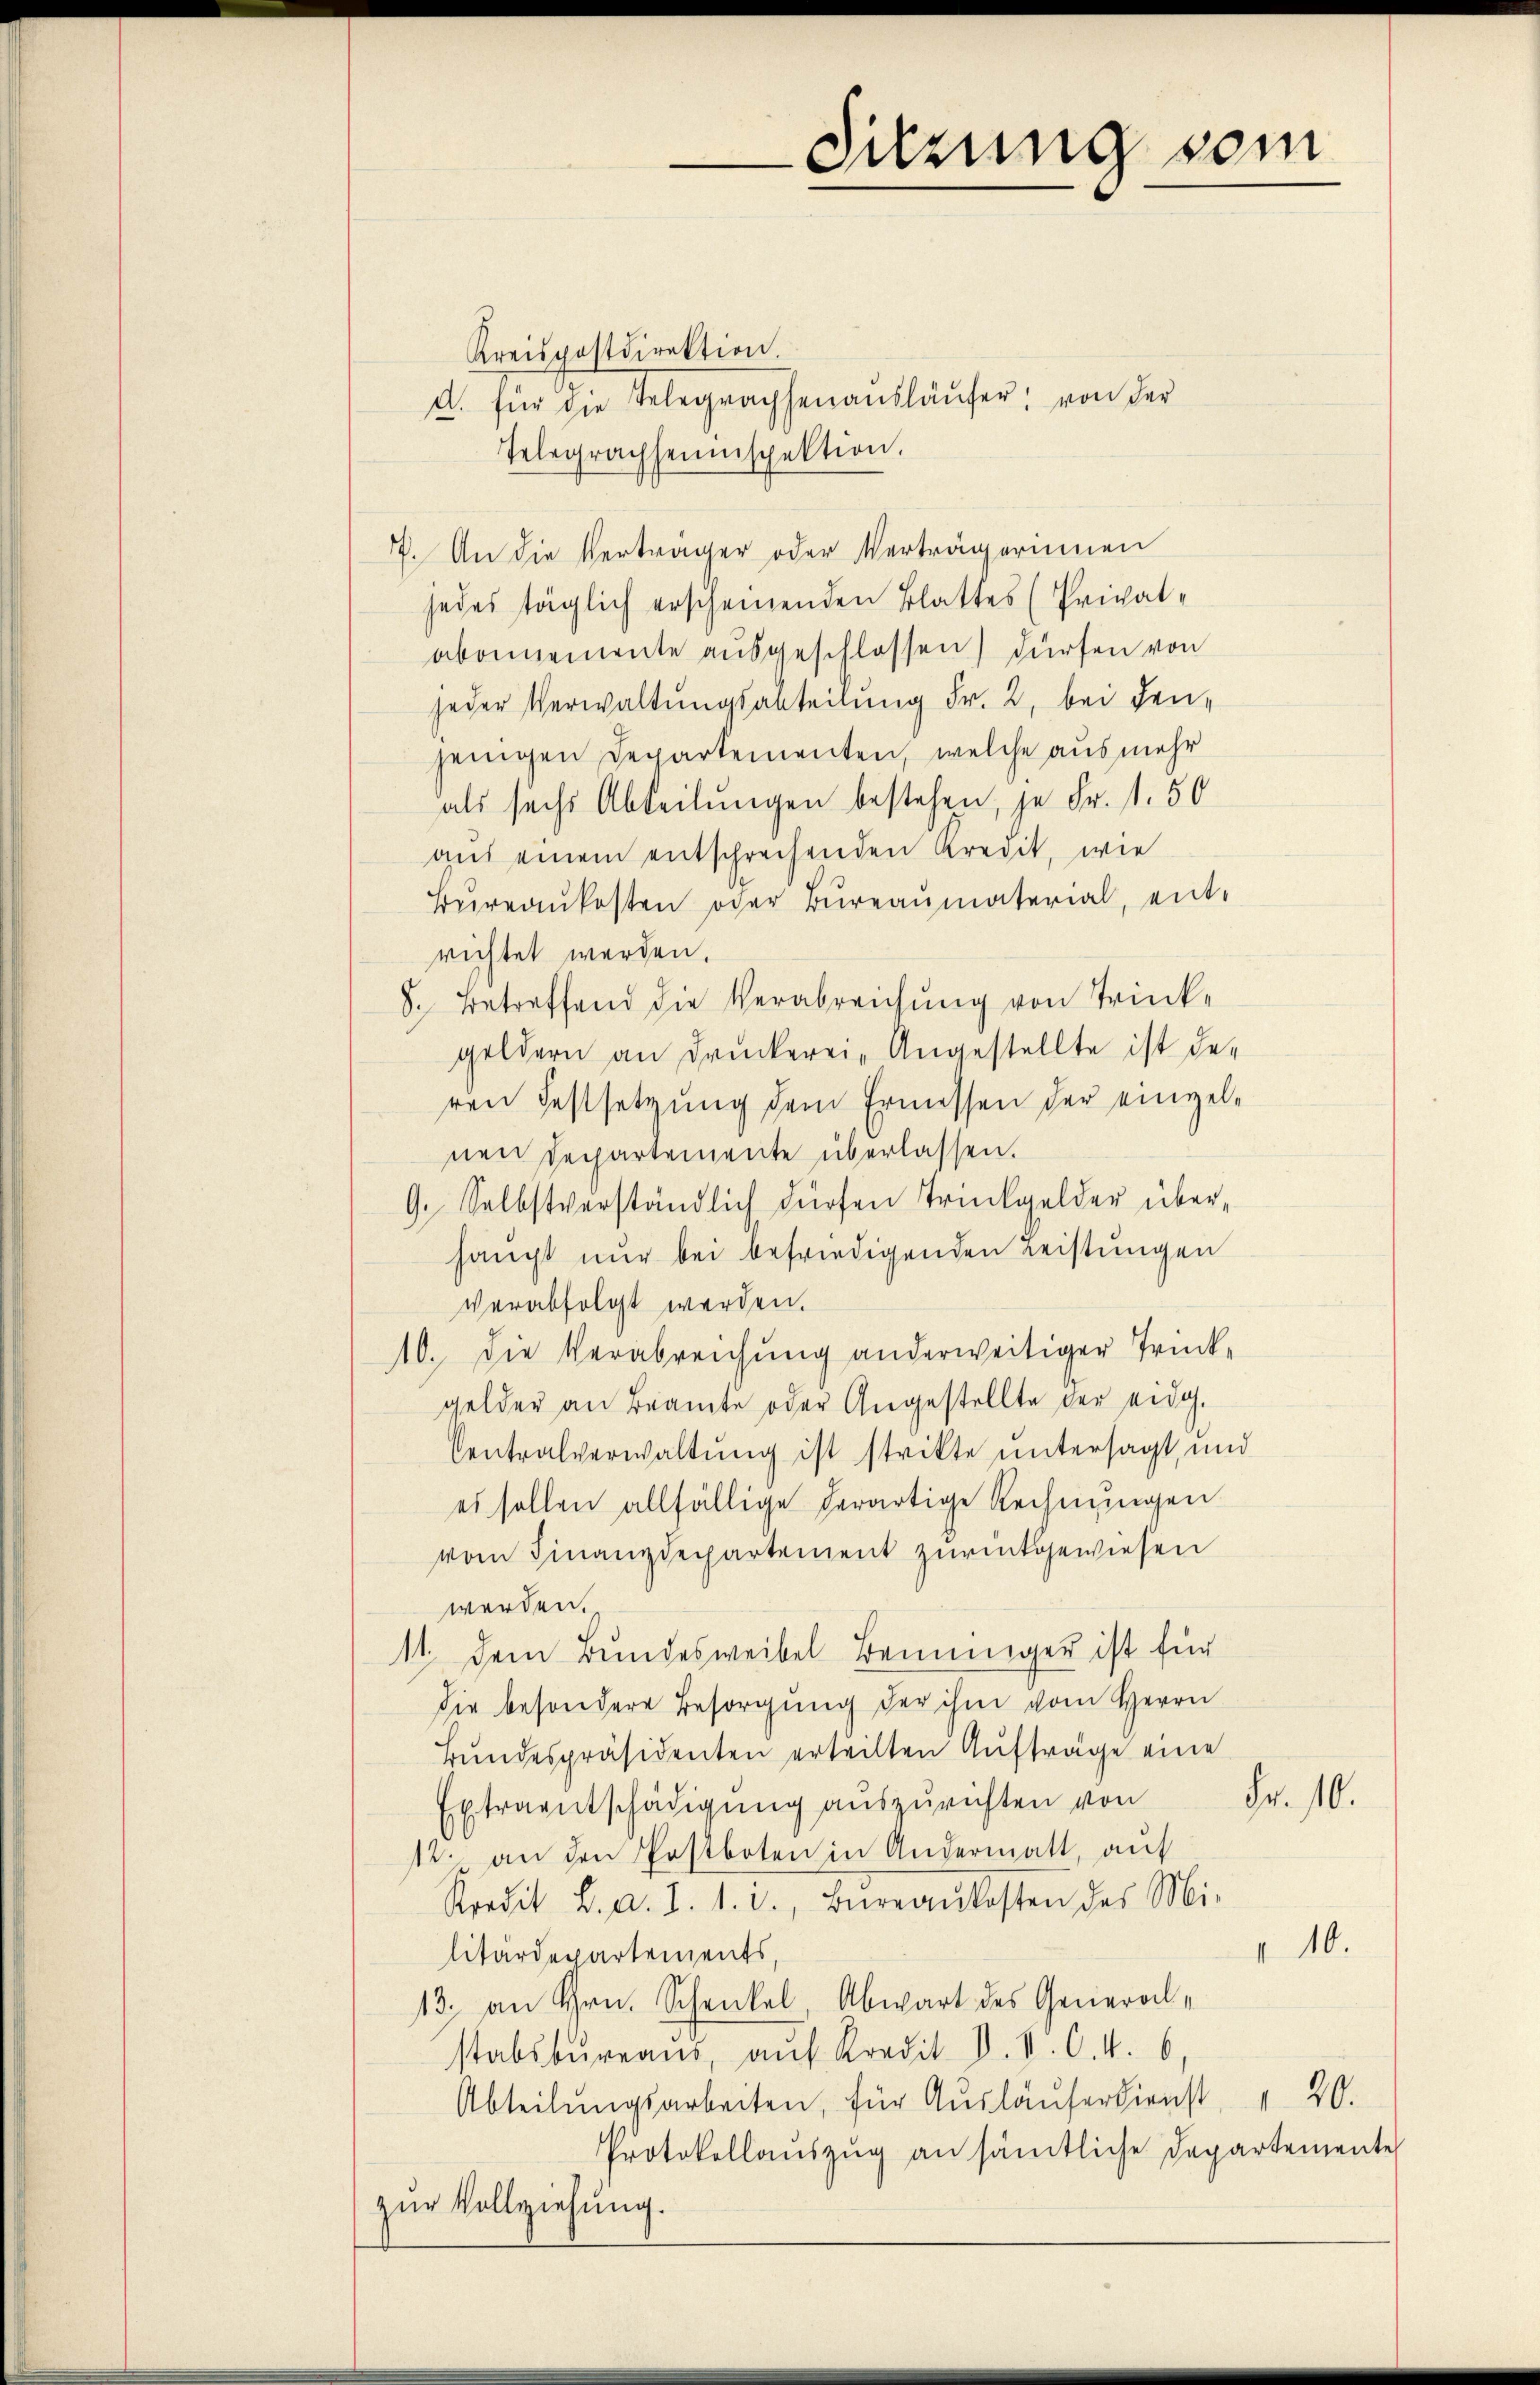
Sitzung vom

Kreispostdirektion.
a. für die Telegraphenausläŭfer, von der
Telegrachheimspektion.
17. An die Verträger oder Verträgerinnen
jedes täglich erscheinenden Blattes (Privatabonnemente ausgeschlossen) dürfen von
jeder Verwaltungsanteilung Fr. 2, bei denjenigen Departementen, welche aus mehr
als sechs Abteilungen bestehen, je Fr. 1.50
auf einem entschrechenden Kredit, wie
Büreaŭkosten oder Büreaŭmaterial, ent-
richtet werden.
8. Betreffend die Verabreichung von Trinke
geldern an Druckerei-Angestellte ist de-
ren Festsetzung dem Ermessen der einzelnen Departemente überlassen.
9. Selbstverständlich dürfen Trückgelder überhaupt nur bei befriedigenden Leistungen
verabfolgt werden.
10. Die Verabreichung anderweitiger Trink-
gelder an Beamte oder Angestellte der eidg.
Centralverwaltung ist strikte untersagt, und
es sollen allfällige derartige Rechnungen
vom Finanzdepartement zurückgewiesen
werden.
11. Dem Bundesweibel Benninger ist für
die besondere Besorgung der ihm vom Herrn
Bundespräsidenten erteilten Aufträge eine
Fr. 10.
Extraentschädigung auszurichten von
12. an den Postboten in Andermatt, auf
Kredit L. a. 1. 1. d. Büreaŭkosten des Mi-
1.10.
litärdepartements,
13. an Hrn. Schenkel, Abwart des Generalstabsbureaus, auf Kredit. V. V. C. 4.
Abteilŭngsarbeiten, für Aŭsläŭferdienst, " 20.
Protokollaŭszŭg an sämtliche Departemente
zur Vollziehung.